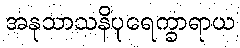
အနုသာသနိပုရေက္ခာရာယ